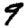
Digit: 9